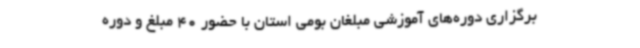
برگزاری دوره‌های آموزشی مبلغان بومی استان با حضور 40 مبلغ و دوره